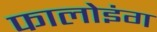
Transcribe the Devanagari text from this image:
फालोइंग